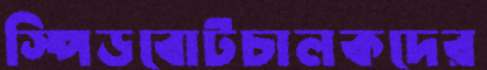
স্পিডবোটচালকদের